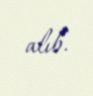
alıb.